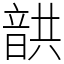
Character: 𩐠